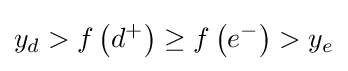
y_{d}>f\left(d^{+}\right)\geq f\left(e^{-}\right)>y_{e}